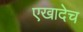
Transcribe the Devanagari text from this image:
एखादेच